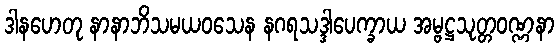
ဒါနဟေတု နာနာဘိသမယဝသေန နဂရသဒ္ဒါပေက္ခာယ အမ္ဗဋ္ဌသုတ္တဝဏ္ဏနာ